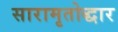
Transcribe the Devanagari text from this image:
सारामृतोद्धार